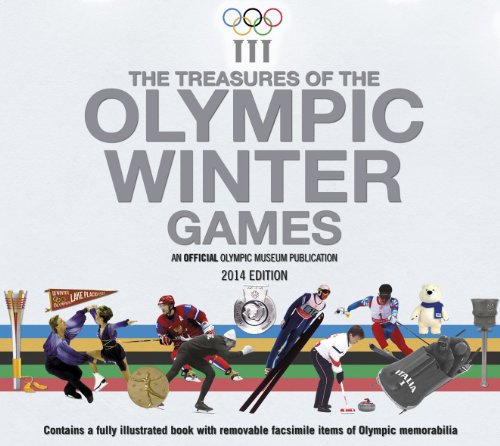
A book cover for The Treasures of the Olympic Winter Games; The Olympic Museum; Sports & Outdoors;